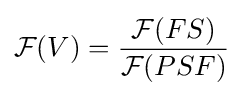
{\mathcal {F}}(V)={\frac {{\mathcal {F}}(FS)}{{\mathcal {F}}(PSF)}}